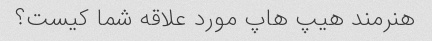
هنرمند هیپ هاپ مورد علاقه شما کیست؟